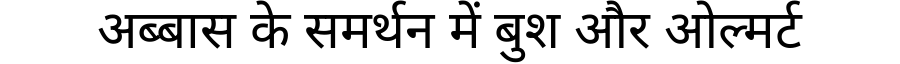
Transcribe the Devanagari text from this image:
अब्बास के समर्थन में बुश और ओल्मर्ट